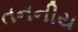
તનનીય